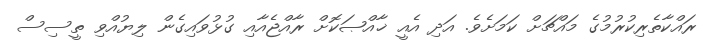
ރައްކާތެރިކުރުމުގެ މައްޗަށް ކަމަށެވެ. އަދި އެއީ ޚާއްޞަކޮށް ރާއްޖެއާއި ގުޅުވައިގެން ލިޔުއްވި ތީސިސް